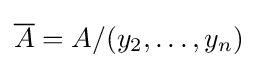
{\overline {A}}=A/(y_{2},\dots ,y_{n})